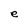
Character: e